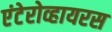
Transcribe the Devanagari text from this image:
एंटेरोव्हायरस